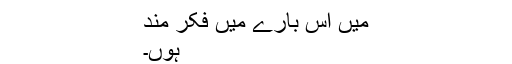
میں اس بارے میں فکر مند
ہوں۔